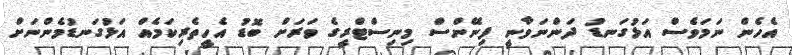
އެހެން ނަމަވެސް އަޅުގަނޑު ދަންނަވާނީ ފިނޭންސް މިނިސްޓްރީގެ ވަރަށް ބޮޑު އެހީތެރިކަމެއް އަޅުގަނޑުމެންނަށް